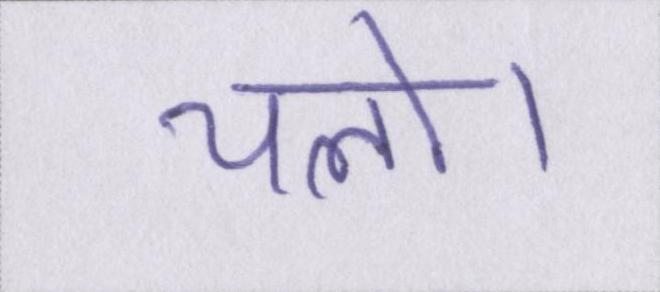
चलो।